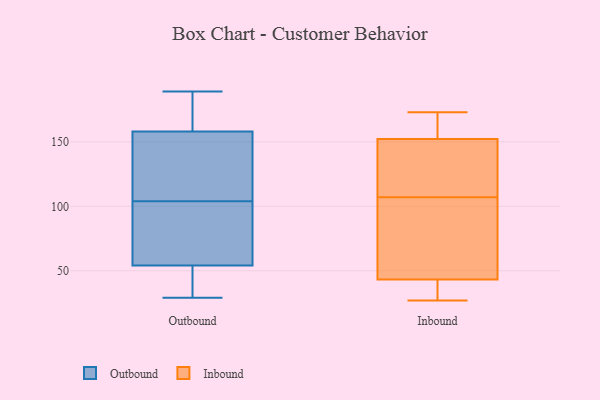
{"axis": {"x": "Population (Million)", "y": "Value"}, "legend": ["Inbound", "Outbound"], "data": [{"x": "", "y": 125, "type": "Outbound"}, {"x": "", "y": 76, "type": "Outbound"}, {"x": "", "y": 39, "type": "Outbound"}, {"x": "", "y": 143, "type": "Outbound"}, {"x": "", "y": 91, "type": "Outbound"}, {"x": "", "y": 82, "type": "Outbound"}, {"x": "", "y": 117, "type": "Outbound"}, {"x": "", "y": 121, "type": "Outbound"}, {"x": "", "y": 189, "type": "Outbound"}, {"x": "", "y": 159, "type": "Outbound"}, {"x": "", "y": 180, "type": "Outbound"}, {"x": "", "y": 29, "type": "Outbound"}, {"x": "", "y": 33, "type": "Outbound"}, {"x": "", "y": 164, "type": "Outbound"}, {"x": "", "y": 54, "type": "Outbound"}, {"x": "", "y": 158, "type": "Outbound"}, {"x": "", "y": 43, "type": "Outbound"}, {"x": "", "y": 75, "type": "Outbound"}, {"x": "", "y": 27, "type": "Inbound"}, {"x": "", "y": 107, "type": "Inbound"}, {"x": "", "y": 135, "type": "Inbound"}, {"x": "", "y": 36, "type": "Inbound"}, {"x": "", "y": 65, "type": "Inbound"}, {"x": "", "y": 27, "type": "Inbound"}, {"x": "", "y": 173, "type": "Inbound"}, {"x": "", "y": 158, "type": "Inbound"}, {"x": "", "y": 71, "type": "Inbound"}, {"x": "", "y": 173, "type": "Inbound"}, {"x": "", "y": 118, "type": "Inbound"}]}